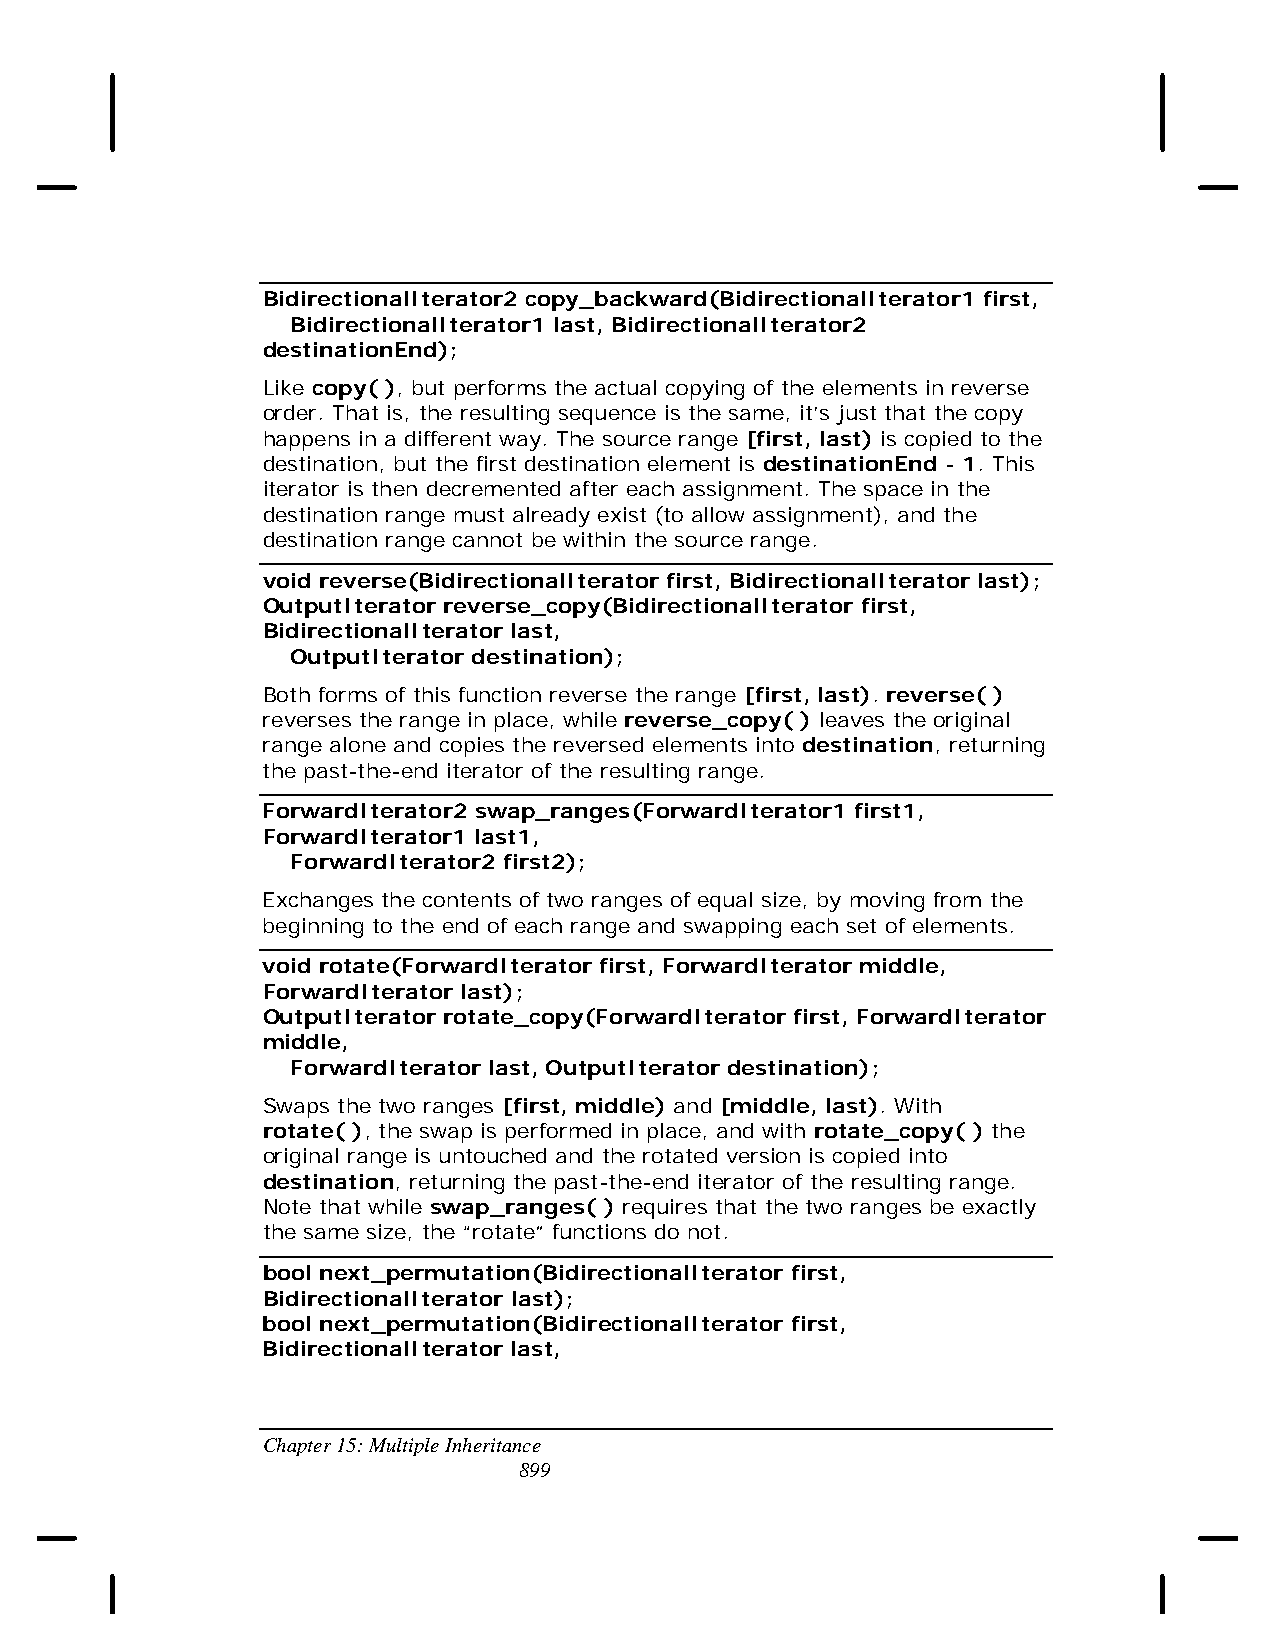
BidirectionalIterator2 copy_backward(BidirectionalIterator1 first,
 BidirectionalIterator1 last, BidirectionalIterator2
 destinationEnd);
 Like copy( ), but performs the actual copying of the elements in reverse
 order. That is, the resulting sequence is the same, it’s just that the copy
 happens in a different way. The source range [first, last) is copied to the
 destination, but the first destination element is destinationEnd - 1. This
 iterator is then decremented after each assignment. The space in the
 destination range must already exist (to allow assignment), and the
 destination range cannot be within the source range.
 void reverse(BidirectionalIterator first, BidirectionalIterator last);
 OutputIterator reverse_copy(BidirectionalIterator first,
 BidirectionalIterator last,
 OutputIterator destination);
 Both forms of this function reverse the range [first, last). reverse( )
 reverses the range in place, while reverse_copy( ) leaves the original
 range alone and copies the reversed elements into destination, returning
 the past-the-end iterator of the resulting range.
 ForwardIterator2 swap_ranges(ForwardIterator1 first1,
 ForwardIterator1 last1,
 ForwardIterator2 first2);
 Exchanges the contents of two ranges of equal size, by moving from the
 beginning to the end of each range and swapping each set of elements.
 void rotate(ForwardIterator first, ForwardIterator middle,
 ForwardIterator last);
 OutputIterator rotate_copy(ForwardIterator first, ForwardIterator
 middle,
 ForwardIterator last, OutputIterator destination);
 Swaps the two ranges [first, middle) and [middle, last). With
 rotate( ), the swap is performed in place, and with rotate_copy( ) the
 original range is untouched and the rotated version is copied into
 destination, returning the past-the-end iterator of the resulting range.
 Note that while swap_ranges( ) requires that the two ranges be exactly
 the same size, the “rotate” functions do not.
 bool next_permutation(BidirectionalIterator first,
 BidirectionalIterator last);
 bool next_permutation(BidirectionalIterator first,
 BidirectionalIterator last,
 Chapter 15: Multiple Inheritance
 899